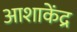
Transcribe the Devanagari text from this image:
आशाकेंद्र